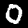
Digit: 0